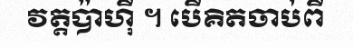
វត្តប៉ាហ៊ី ។ បើគិតចាប់ពី